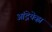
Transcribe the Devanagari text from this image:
आंद्रेयेव्ह्ना